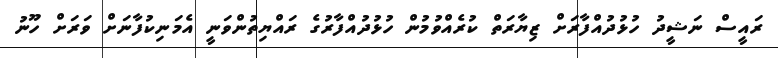
ރައީސް ނަޝީދު ހުޅުދުއްފާރަށް ޒިޔާރަތް ކުރެއްވުމުން ހުޅުދުއްފާރުގެ ރައްޔިތުންވަނީ އެމަނިކުފާނަށް ވަރަށް ހޫނު